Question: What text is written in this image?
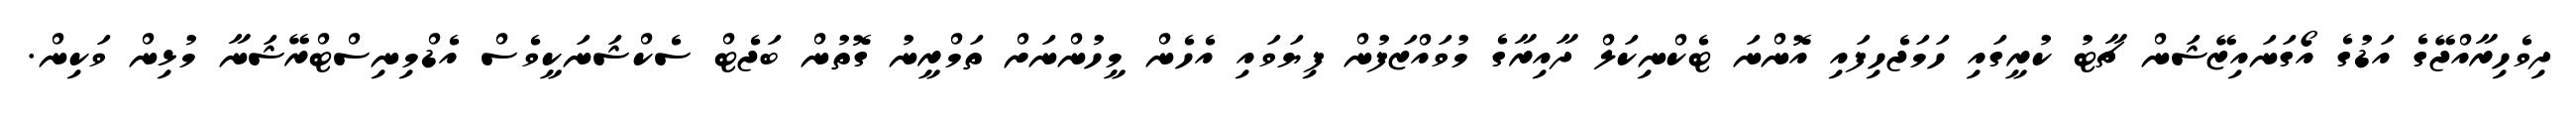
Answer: ދިވެހިރާއްޖޭގެ އަޑުގެ އޯގަނައިޒޭޝަން ޗާޓު ކުރީގައި ހަމަޖެހިފައި އޮންނަ ޓެކްނިކަލް ދާއިރާގެ މުވައްޒަފުން ފިޔަވައި އެހެން މީހުންނަށް ތަމްރީނު ގޮތުން ބަޖެޓް ސެކްޝަނަކީވެސް އެޑްމިނިސްޓްރޭޝަނާ މުޅިން ވަކިން.